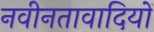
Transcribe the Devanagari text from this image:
नवीनतावादियों